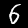
Label: 6